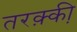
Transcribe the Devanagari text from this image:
तरक़्की़